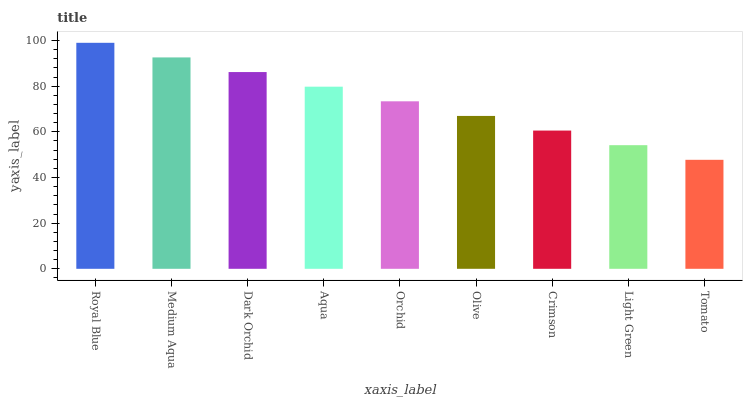
| xaxis_label | bars |
 | --- | --- |
 | Royal Blue | 99 |
 | Medium Aqua | 92.6 |
 | Dark Orchid | 86.2 |
 | Aqua | 79.8 |
 | Orchid | 73.4 |
 | Olive | 67 |
 | Crimson | 60.6 |
 | Light Green | 54.2 |
 | Tomato | 47.7 |